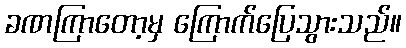
ခဏကြာတော့မှ ကြောက်ပြေသွားသည်။